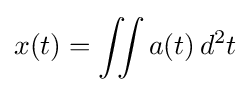
x(t)=\iint a(t)\,d^{2}t